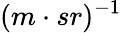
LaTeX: (m\cdot sr)^{-1}